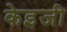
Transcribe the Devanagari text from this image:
केइजी